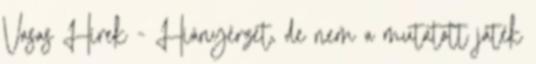
Vasas Hírek - Hiányérzet, de nem a mutatott játék